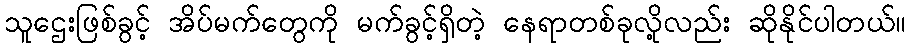
သူဌေးဖြစ်ခွင့် အိပ်မက်တွေကို မက်ခွင့်ရှိတဲ့ နေရာတစ်ခုလို့လည်း ဆိုနိုင်ပါတယ်။